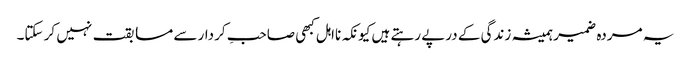
یہ مردہ ضمیر ہمیشہ زندگی کے درپے رہتے ہیں کیونکہ نااہل کبھی صاحبِ کردار سے مسابقت نہیں کر سکتا۔